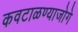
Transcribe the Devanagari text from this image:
कवटाळण्याजोगे